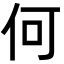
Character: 何